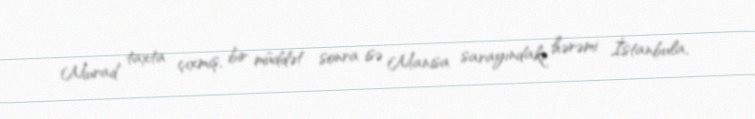
Murad taxta çıxmış, bir müddət sonra isə Manisa sarayındakı hərəmi İstanbula,